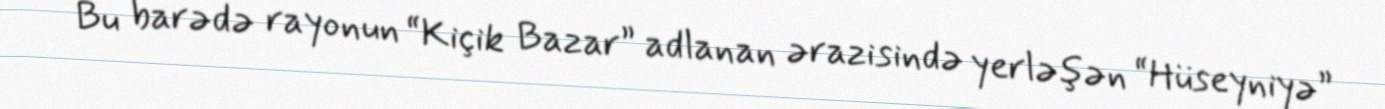
Bu barədə rayonun “Kiçik Bazar” adlanan ərazisində yerləşən “Hüseyniyə”